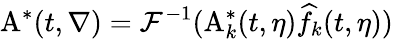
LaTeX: \mathrm{A}^{*}(t,\nabla)=\mathcal{F}^{-1}(\mathrm{A}_{k}^{*}(t,\eta)\widehat{f}_{k}(t,\eta))